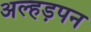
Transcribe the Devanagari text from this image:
अल्हड़पन